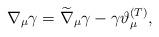
LaTeX: \begin{align*}\nabla _{\mu }\gamma =\widetilde{\nabla }_{\mu }\gamma -\gamma \vartheta_{\mu }^{{\footnotesize (T)}}, \end{align*}